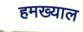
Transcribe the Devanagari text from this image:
हमख्याल